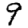
Digit: 9